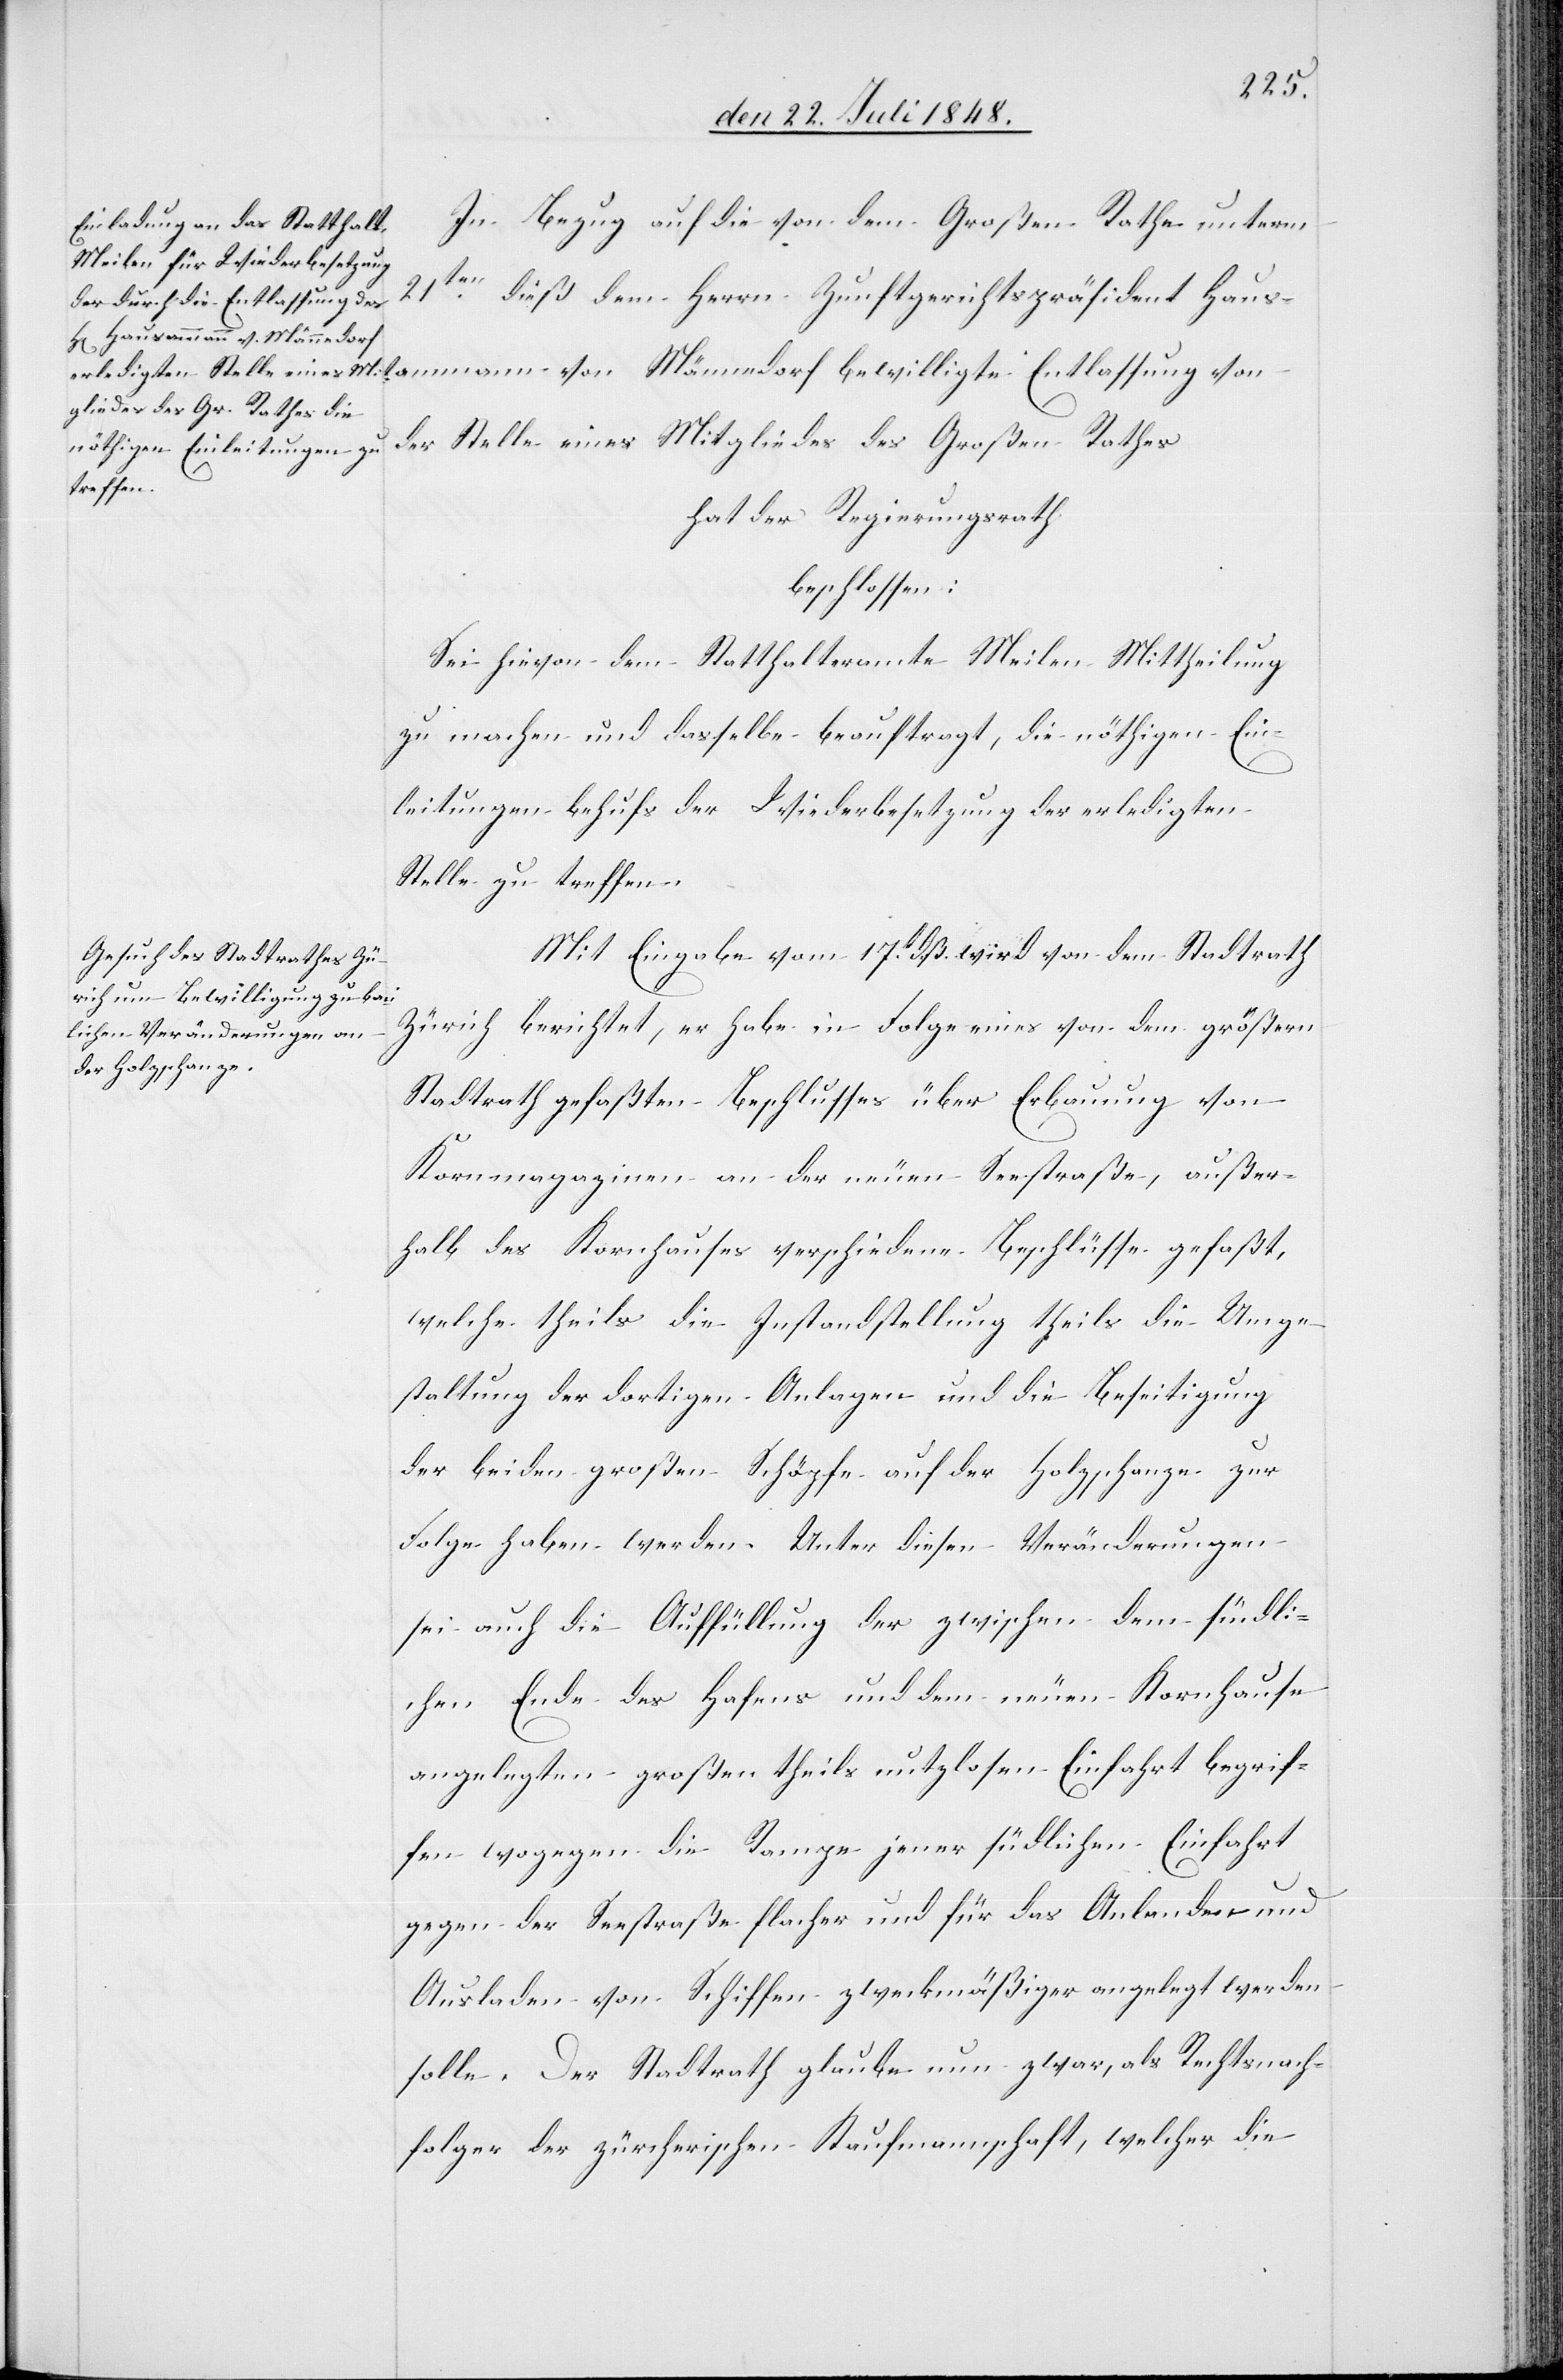
In Bezug auf die von dem Großen Rathe unterm
ammann
dieß dem Herrn Zunftgerichtspräsident Haus¬
der Stelle eines Mitgliedes des Großen Rathes
hat der Regierungsrath
beschlossen:
Sei hievon dem Statthalteramt Meilen Mittheilung
zu machen und dasselbe beauftragt, die nöthigen Ein¬
leitungen behufs der Wiederbesetzung der erledigten
Stelle zu treffen.
Mit Eingabe vom 17t dß wird von dem Stadtrath
Zürich berichtet, er habe in Folge eines von dem größern
Stadtrath gefaßten Beschlusses über Erbauung von
Kornmagazinen an der neuen Seestraße, außer¬
halb des Kornhauses verschiedene Beschlüsse gefaßt,
welche theils die Instandstellung theils die Umge¬
staltung der dortigen Anlagen und die Beseitigung
der beiden großen Schöpfe auf der Holzschanze zur
Folge haben werden. Unter diesen Veränderungen
sei auch die Auffüllung der zwischen dem südli¬
chen Ende des Hafens und dem neuen Kornhause
angelegten großen theils nutzlosen Einfahrt begrif¬
fen wogegen die Rampe jener südlichen Einfahrt
gegen der Seestraße flacher und für das Anlanden und
Ausladen von Schiffen zweckmäßiger angelegt werden
solle. Der Stadtrath glaube nun zwar, als Rechtsnach¬
folger der zürcherischen Kaufmannschaft, welcher die